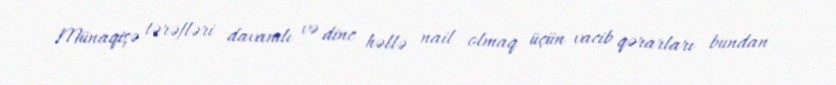
Münaqişə tərəfləri davamlı və dinc həllə nail olmaq üçün vacib qərarları bundan